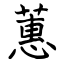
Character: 蕙